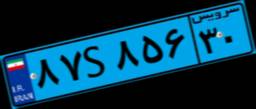
۸۷S۸۵۶۳۰